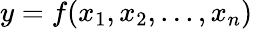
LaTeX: y=f(x_{1},x_{2},...,x_{n})